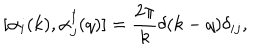
LaTeX: [ \alpha _ { i } ( k ) , \alpha _ { j } ^ { \dagger } ( q ) ] = \frac { 2 \pi } { k } \delta ( k - q ) \delta _ { i j } ,